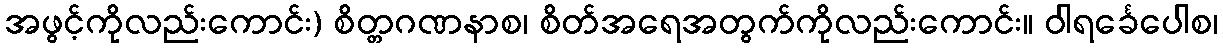
အဖွင့်ကိုလည်းကောင်း) စိတ္တဂဏနာစ၊ စိတ်အရေအတွက်ကိုလည်းကောင်း။ ဝါရင်္ခေပေါစ၊